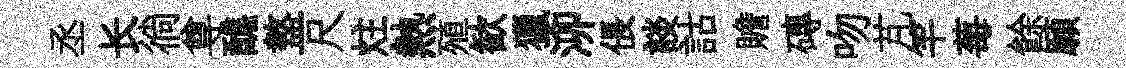
丞长徜尊醮盩尺炷熱殖歓獵泖倀談詁贍磚吻芃竿莓餘願